Vaccination in Bombay 1863-1868 - 1863-1868
Year: 1863
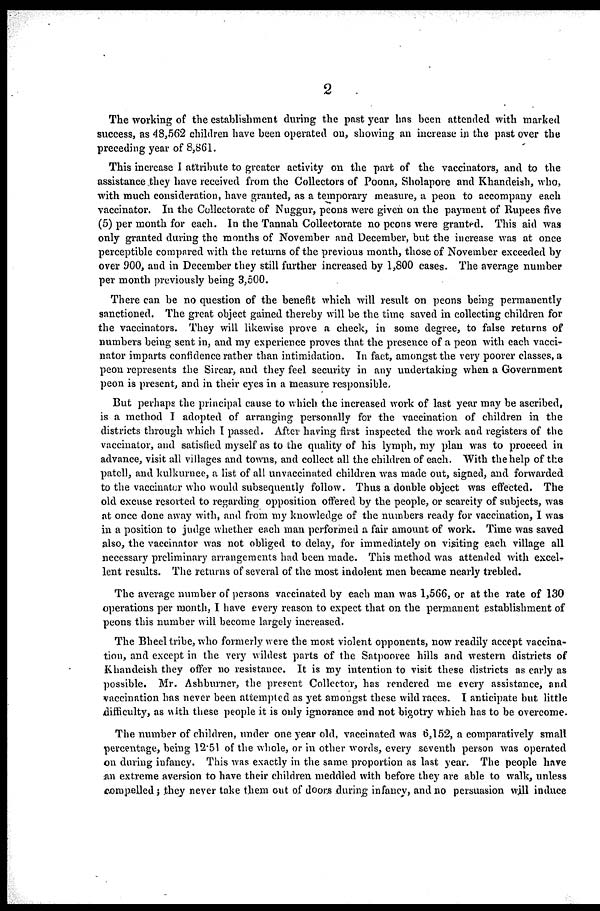
2
The working of the establishment during the past year has been attended with marked
success, as 48,562 children have been operated on, showing an increase in the past over the
preceding year of 8,861.
This increase I attribute to greater activity on the part of the vaccinators, and to the
assistance they have received from the Collectors of Poona, Sholapore and Khandeish, who,
with much consideration, have granted, as a temporary measure, a peon to accompany each
vaccinator. In the Collectorate of Nuggur, peons were given on the payment of Rupees five
(5) per month for each. In the Tannah Collectorate no peons were granted. This aid was
only granted during the months of November and December, but the increase was at once
perceptible compared with the returns of the previous month, those of November exceeded by
over 900, and in December they still further increased by 1,800 cases. The average number
per month previously being 3,500.
There can be no question of the benefit which will result on peons being permanently
sanctioned. The great object gained thereby will be the time saved in collecting children for
the vaccinators. They will likewise prove a check, in some degree, to false returns of
numbers being sent in, and my experience proves that the presence of a peon with each vacci-
nator imparts confidence rather than intimidation. In fact, amongst the very poorer classes, a
peon represents the Sircar, and they feel security in any undertaking when a Government
peon is present, and in their eyes in a measure responsible.
But perhaps the principal cause to which the increased work of last year may be ascribed,
is a method I adopted of arranging personally for the vaccination of children in the
districts through which I passed. After having first inspected the work and registers of the
vaccinator, and satisfied myself as to the quality of his lymph, my plan was to proceed in
advance, visit all villages and towns, and collect all the children of each. With the help of the
patell, and kulkurnee, a list of all unvaccinated children was made out, signed, and forwarded
to the vaccinator who would subsequently follow. Thus a double object was effected. The
old excuse resorted to regarding opposition offered by the people, or scarcity of subjects, was
at once done away with, and from my knowledge of the numbers ready for vaccination, I was
in a position to judge whether each man performed a fair amount of work. Time was saved
also, the vaccinator was not obliged to delay, for immediately on visiting each village all
necessary preliminary arrangements had been made. This method was attended with excel-
lent results. The returns of several of the most indolent men became nearly trebled.
The average number of persons vaccinated by each man was 1,566, or at the rate of 130
operations per month, I have every reason to expect that on the permanent establishment of
peons this number will become largely increased.
The Bheel tribe, who formerly were the most violent opponents, now readily accept vaccina-
tion, and except in the very wildest parts of the Satpooree hills and western districts of
Khandeish they offer no resistance. It is my intention to visit these districts as early as
possible. Mr. Ashburner, the present Collector, has rendered me every assistance, and
vaccination has never been attempted as yet amongst these wild races. I anticipate but little
difficulty, as with these people it is only ignorance and not bigotry which has to be overcome.
The number of children, under one year old, vaccinated was 6,152, a comparatively small
percentage, being 12.51 of the whole, or in other words, every seventh person was operated
on during infancy. This was exactly in the same proportion as last year. The people have
an extreme aversion to have their children meddled with before they are able to walk, unless
compelled; they never take them out of doors during infancy, and no persuasion will induce